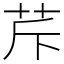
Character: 𦭐